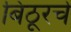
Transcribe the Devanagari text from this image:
बिठूरचे